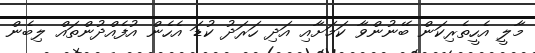
މާލީ އެހީތެރިކަން ބޭނުންވާ ކަމަށާއި އަދި ހަރަދު ކުޑަ އެެހެން އުފެއްދުންތައް ލިބެން